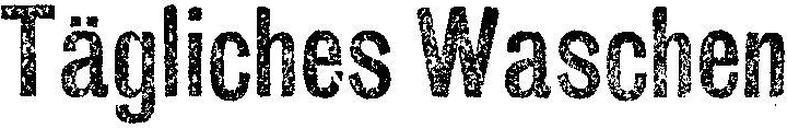
Tägliches Waschen